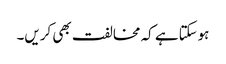
ہوسکتاہے کہ مخالفت بھی کریں۔